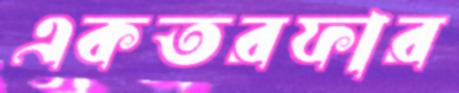
একতরফার